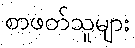
စာဖတ်သူများ